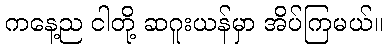
ကနေ့ည ငါတို့ ဆဂူးယန်မှာ အိပ်ကြမယ်။